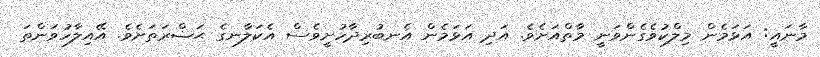
މާނައީ: އަޅަމެން މިލްކުވެގެންވަނީ މާތްއަށެވެ. އަދި އަޅަމެން އެނބުރިދާހުށީވެސް އެކަލާނގެ ޙަޟްރަތަށެވެ. އޭއިލާހުވަންތަ